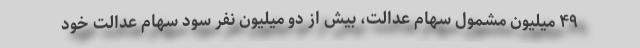
۴۹ میلیون مشمول سهام عدالت، بیش از دو میلیون نفر سود سهام عدالت خود